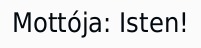
Mottója: Isten!